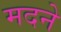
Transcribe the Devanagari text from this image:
मदने